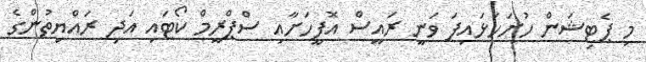
މި ޕެޓިޝަން ހުށަހަޅައިފަ ވަނީ ރައީސް އޮފީހަށާއި ސްޕްރީމް ކޯޓައި އަދި ރައްޔިތުންގެ